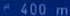
^{\epsilon}400\mathrm